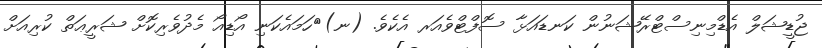
ޖުޑީޝަލް އެޑްމިނިސްޓްރޭޝަނުން ކަނޑައަޅާ ސޮފްޓްވެއަރ އެކެވެ. (ނ)	ހަމައެކަނި އޯޑިއޯ މެދުވެރިކޮށް ޝަރީޢަތް ކުރިއަށް